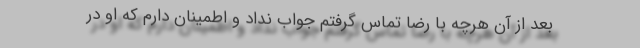
بعد از آن هرچه با رضا تماس گرفتم جواب نداد و اطمینان دارم که او در